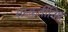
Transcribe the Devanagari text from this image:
संस्कृतीनिष्ठ